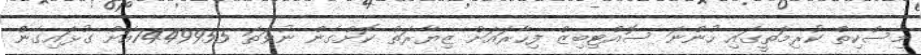
މިސްކިތް ކުރިމަތީގައި ހުންނަ ސޮއްޓިބިޒް ފިހާރައަށް ޒިޔާރަތް ކޮށްގެން ނުވަތަ 7449955އަށް ގުޅައިގެން